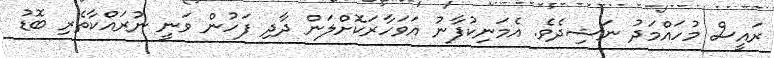
ރައީސް މުހައްމަދު ނަޝިދެވެ. އެމަނިކުފާނު އަވަހާރަކޮށްލަން ދާދި ފަހުން ވަނީ ނުރައްކާތެރި ބޮޑު